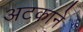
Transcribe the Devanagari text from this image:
अटकाने